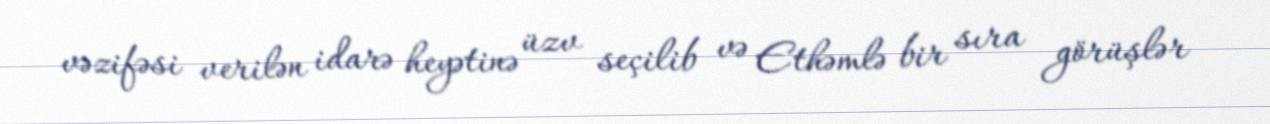
vəzifəsi verilən idarə heyətinə üzv seçilib və Ethəmlə bir sıra görüşlər